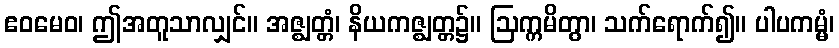
ဧဝမေဝ၊ ဤအတူသာလျှင်။ အဇ္ဈတ္တံ၊ နိယကဇ္ဈတ္တ၌။ ဩက္ကမိတွာ၊ သက်ရောက်၍။ ပါပကမ္မံ၊